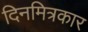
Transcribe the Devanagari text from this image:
दिनमित्रकार